Burma Government Medical School reports 1907-22
Year: 1907
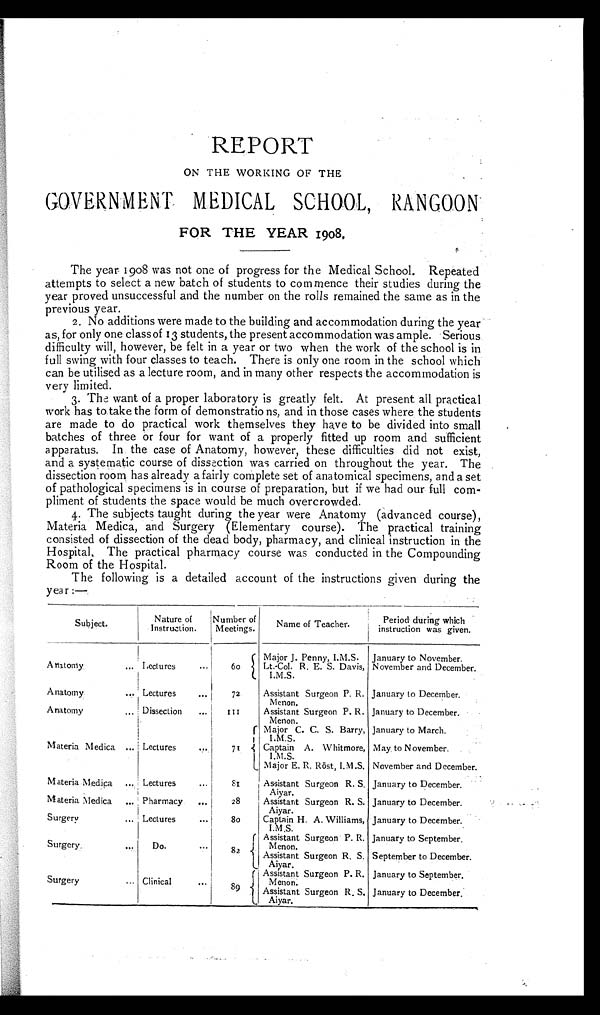
REPORT
ON THE WORKING OF THE
GOVERNMENT MEDICAL SCHOOL, RANGOON
FOR THE YEAR 1908.
The year 1908 was not one of progress for the Medical School. Repeated
attempts to select a new batch of students to commence their studies during the
year proved unsuccessful and the number on the rolls remained the same as in the
previous year.
2. No additions were made to the building and accommodation during the year
as, for only one class of 13 students, the present accommodation was ample. Serious
difficulty will, however, be felt in a year or two when the work of the school is in
full swing with four classes to teach. There is only one room in the school which
can be utilised as a lecture room, and in many other respects the accommodation is
very limited.
3. The want of a proper laboratory is greatly felt. At present all practical
work has to take the form of demonstratio ns, and in those cases where the students
are made to do practical work themselves they have to be divided into small
batches of three or four for want of a properly fitted up room and sufficient
apparatus. In the case of Anatomy, however, these difficulties did not exist,
and a systematic course of dissection was carried on throughout the year. The
dissection room has already a fairly complete set of anatomical specimens, and a set
of pathological specimens is in course of preparation, but if we had our full com
-pliment of students the space would be much overcrowded.
4. The subjects taught during the year were Anatomy (advanced course),
Materia Medica, and Surgery (Elementary course). The practical training
consisted of dissection of the dead body, pharmacy, and clinical instruction in the
Hospital. The practical pharmacy course was conducted in the Compounding
Room of the Hospital.
The following is a detailed account of the instructions given during the
year :—
Subject.
Nature of
Instruction.
Nu mb e r o f
Meetings.
Name of Teacher.
Period during which
instruction was given.
Anatomy
... Lectures ...
6o
Major J. Penny, I.M.S. January to November.
Lt.-Col. R. E. S. Davis,
I.M.S.
November and December.
Anatomy
... Lectures
...
72
Assistant Surgeon P. R.
Menon.
January to December.
Anatomy
... Dissection ...
III
Assistant Surgeon P. R.
Menon.
January to December.
Materia Medica ... Lectures
. . .
71
Major C. C. S. Barry,
I.M.S.
January to March.
Captain A. Whitmore,
I.M.S.
May to November.
Major E. R. Röst, I.M.S. November and December.
Materia Medica ... Lectures ...
81
Assistant Surgeon R. S.
Aiyar.
January to December.
Materia Medica ... Pharmacy ...
28
Assistant Surgeon R. S.
Aiyar.
January to December.
Surgery
... Lectures
80
Captain H. A. Williams,
I.M.S.
January to December.
Surgery
... Do.
...
82 Assistant Surgeon P. R.
Menon.
January to September.
Assistant Surgeon R. S.
Aiyar.
September to December.
Surgery
... Clinical ...
89
Assistant Surgeon P. R.
Menon.
January to September.
Assistant Surgeon R. S.
Aiyar.
January to December.